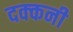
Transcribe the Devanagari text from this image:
दक्‍कनी